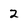
Character: 2